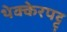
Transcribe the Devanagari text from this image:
थेक्केरपट्टु